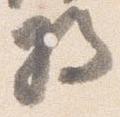
将